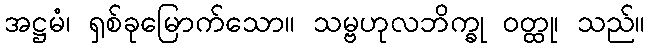
အဋ္ဌမံ၊ ရှစ်ခုမြောက်သော။ သမ္ဗဟုလဘိက္ခု ဝတ္ထု၊ သည်။